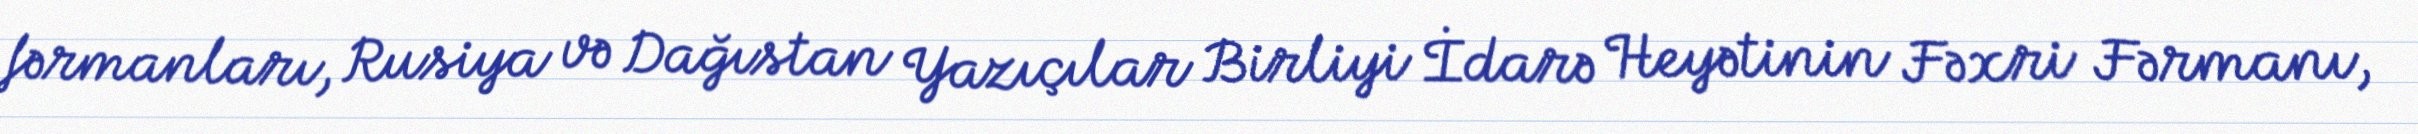
fərmanları, Rusiya və Dağıstan Yazıçılar Birliyi İdarə Heyətinin Fəxri Fərmanı,